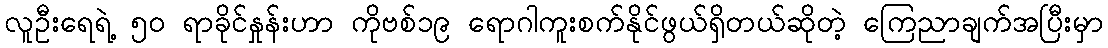
လူဦးရေရဲ့ ၅၀ ရာခိုင်နှုန်းဟာ ကိုဗစ်၁၉ ရောဂါကူးစက်နိုင်ဖွယ်ရှိတယ်ဆိုတဲ့ ကြေညာချက်အပြီးမှာ